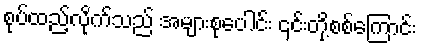
စုပ်ထည့်လိုက်သည် အများစုပေါင်း ၎င်းတို့စစ်ကြောင်း